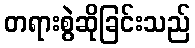
တရားစွဲဆိုခြင်းသည်